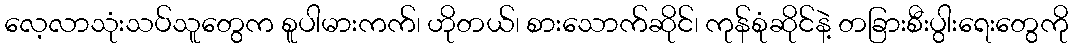
လေ့လာသုံးသပ်သူတွေက စူပါမားကက်၊ ဟိုတယ်၊ စားသောက်ဆိုင်၊ ကုန်စုံဆိုင်နဲ့ တခြားစီးပွါးရေးတွေကို